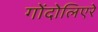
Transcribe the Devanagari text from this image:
गोंदोलिएरे